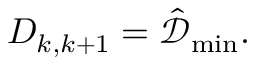
D _ { k , k + 1 } = \hat { \mathcal { D } } _ { \operatorname* { m i n } } .